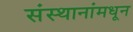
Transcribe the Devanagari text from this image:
संस्थानांमधून